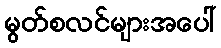
မွတ်စလင်များအပေါ်